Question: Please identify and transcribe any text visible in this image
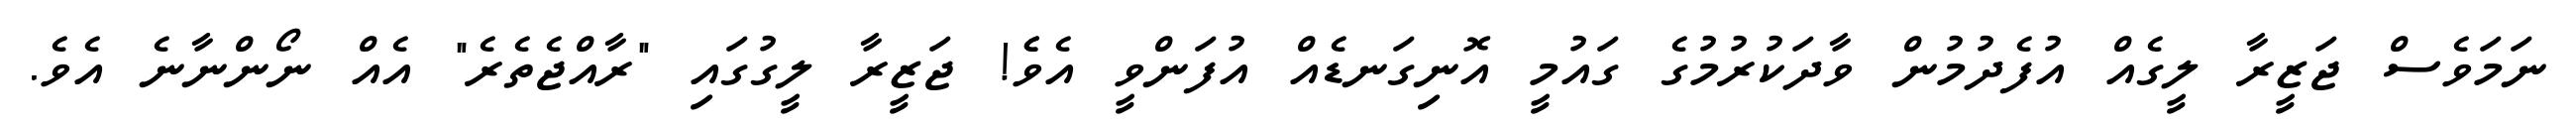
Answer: ނަމަވެސް ޖަޒީރާ ލީގެއް އުފެދުމުން ވާދަކުރުމުގެ ގައުމީ އޮނިގަނޑެއް އުފަންވީ އެވެެ! ޖަޒީރާ ލީގުގައި "ރާއްޖެތެރެ" އެއް ނޯންނާނެ އެވެ.